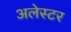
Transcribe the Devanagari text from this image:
अलेस्टर